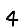
Digit: 4